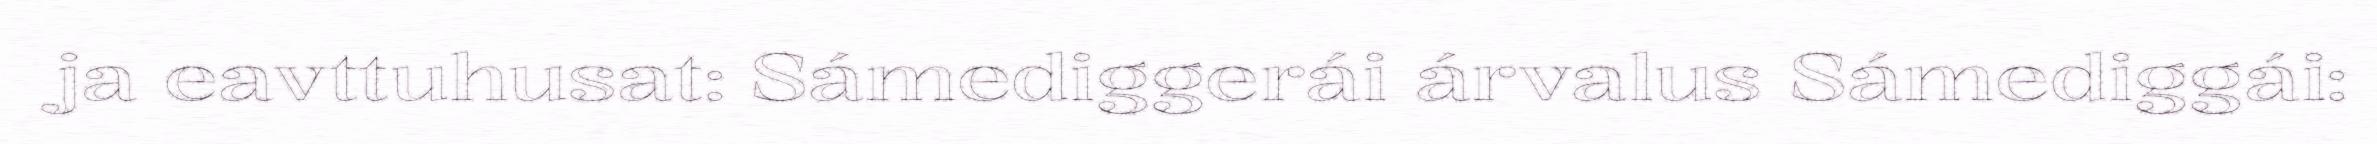
ja eavttuhusat: Sámediggerái árvalus Sámediggái: